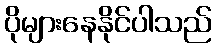
ပိုများနေနိုင်ပါသည်